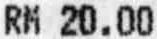
RM 20.00